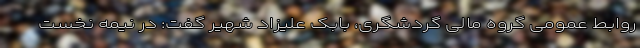
روابط عمومی گروه مالی گردشگری، بابک علیزاد شهیر گفت: در نیمه نخست